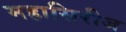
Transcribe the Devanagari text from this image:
महासिरीज